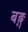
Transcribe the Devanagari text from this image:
बङ्ग